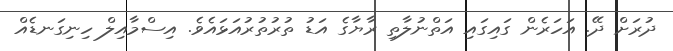
ދުރަށް ދޭ. އަހަރެން ގައިގައި އަތްނުލާތި ރާޔާގެ އަޑު ތުރުތުރުއަޅައެވެ. އިސްމާއިލް ހިނިގަނޑެއް